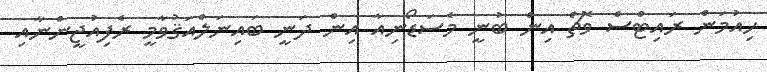
ހިއުމަން ރައިޓްސް ވޮޗް އިން ބުނީ މެސަޑޯނިއާ އިން ދަނީ ބައިނަލްއަޤުވާމީ ރެފިއުޖީންނާއި